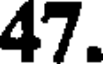
47.